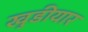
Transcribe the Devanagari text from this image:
खुडीयार